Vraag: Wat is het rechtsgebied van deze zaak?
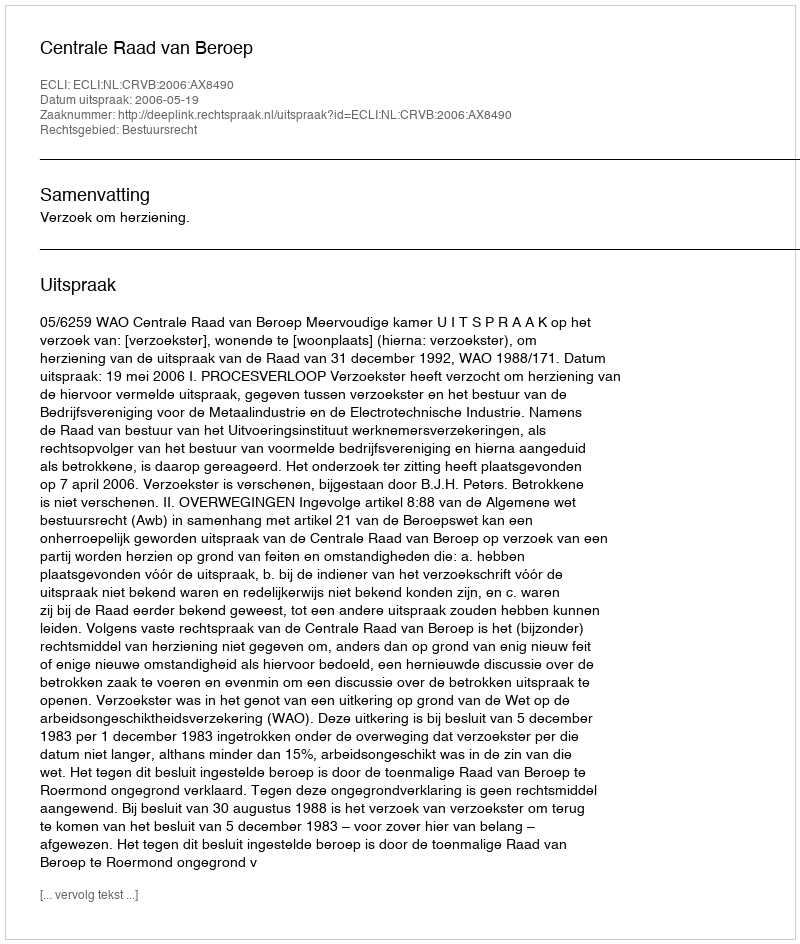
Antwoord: Bestuursrecht